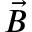
\vec { B }